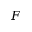
F